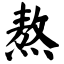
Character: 熬